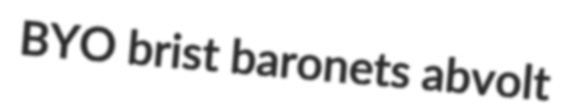
BYO brist baronets abvolt